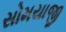
સોમયાજી